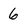
Character: 6